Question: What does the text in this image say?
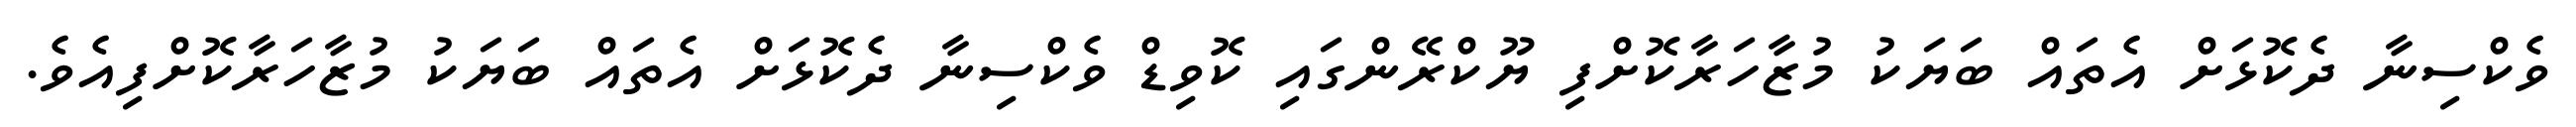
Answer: ވެކްސިނާ ދެކޮޅަށް އެތައް ބަޔަކު މުޒާހަރާކޮށްފި ޔޫކްރޭންގައި ކޮވިޑް ވެކްސިނާ ދެކޮޅަށް އެތައް ބަޔަކު މުޒާހަރާކޮށްފިއެވެ.